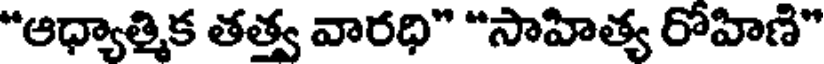
"ఆధ్యాత్మిక తత్వ వారధి" "సాహిత్య రోహిణి"